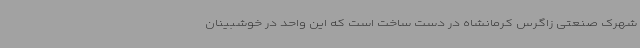
شهرک صنعتی زاگرس کرمانشاه در دست ساخت است که این واحد در خوشبینان